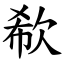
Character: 欷